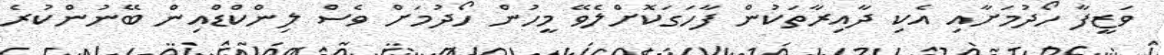
ވަޒީފާ ހޯދުމަށާއި އެކި ދާއިރާތަކުން ފާހަގަކޮށްލެވޭ މީހުން ހޯދުމަށް ވެސް ލިންކްޑްއިން ބޭނުންކުރެ